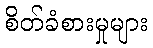
စိတ်ခံစားမှုများ